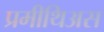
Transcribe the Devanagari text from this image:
प्रमीथिअस